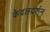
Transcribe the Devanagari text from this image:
केवलदर्शन